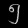
Digit: ၅